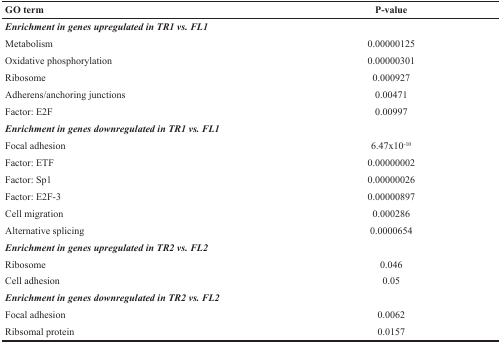
<table><thead><tr><td><b>GO term</b></td><td><b>P-value</b></td></tr></thead><tbody><tr><td colspan="2"><b><i>Enrichment in genes upregulated in TR1 vs. FL1</i></b></td></tr><tr><td>Metabolism</td><td>0.00000125</td></tr><tr><td>Oxidative phosphorylation</td><td>0.00000301</td></tr><tr><td>Ribosome</td><td>0.000927</td></tr><tr><td>Adherens/anchoring junctions</td><td>0.00471</td></tr><tr><td>Factor: E2F</td><td>0.00997</td></tr><tr><td colspan="2"><b><i>Enrichment in genes downregulated in TR1 vs. FL1</i></b></td></tr><tr><td>Focal adhesion</td><td>6.47×10<sup>−10</sup></td></tr><tr><td>Factor: ETF</td><td>0.00000002</td></tr><tr><td>Factor: Sp1</td><td>0.00000026</td></tr><tr><td>Factor: E2F-3</td><td>0.00000897</td></tr><tr><td>Cell migration</td><td>0.000286</td></tr><tr><td>Alternative splicing</td><td>0.0000654</td></tr><tr><td colspan="2"><b><i>Enrichment in genes upregulated in TR2 vs. FL2</i></b></td></tr><tr><td>Ribosome</td><td>0.046</td></tr><tr><td>Cell adhesion</td><td>0.05</td></tr><tr><td colspan="2"><b><i>Enrichment in genes downregulated in TR2 vs. FL2</i></b></td></tr><tr><td>Focal adhesion</td><td>0.0062</td></tr><tr><td>Ribsomal protein</td><td>0.0157</td></tr></tbody></table>